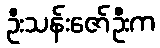
ဦးသန်းဇော်ဦးက